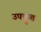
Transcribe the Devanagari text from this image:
उपकॄत